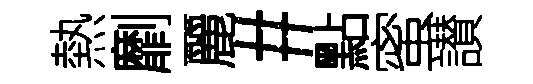
熱劘麗#點蜜讃